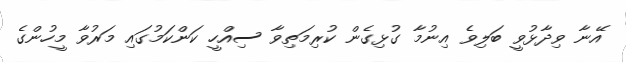
އޭނާ ވިދާޅުވީ ބަލިވެ އިނުމާ ގުޅިގެން ކުރިމަތިވާ ސިއްހީ ކަންކަމުގައި މަރުވާ މީހުންގެ